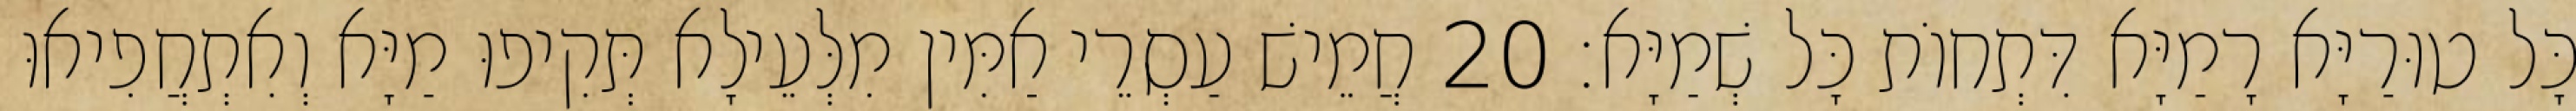
כָּל טוּרַיָּא רָמַיָּא דִּתְחוֹת כָּל שְׁמַיָּא׃ 20 חֲמֵישׁ עַסְרֵי אַמִּין מִלְּעֵילָא תְּקִיפוּ מַיָּא וְאִתְחֲפִיאוּ